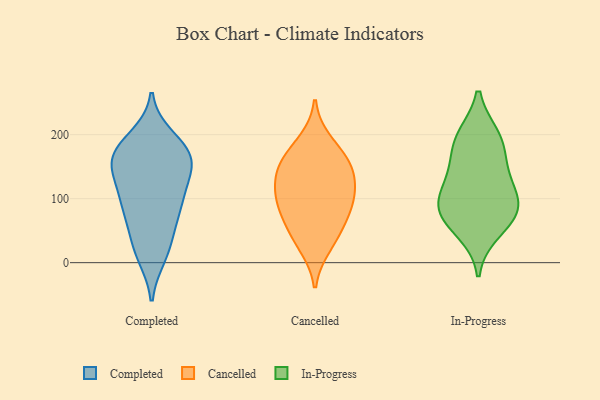
{"axis": {"x": "Backlog", "y": "Value"}, "legend": ["Cancelled", "Completed", "In-Progress"], "data": [{"x": "", "y": 168, "type": "Completed"}, {"x": "", "y": 16, "type": "Completed"}, {"x": "", "y": 11, "type": "Completed"}, {"x": "", "y": 71, "type": "Completed"}, {"x": "", "y": 164, "type": "Completed"}, {"x": "", "y": 100, "type": "Completed"}, {"x": "", "y": 99, "type": "Completed"}, {"x": "", "y": 114, "type": "Completed"}, {"x": "", "y": 141, "type": "Completed"}, {"x": "", "y": 152, "type": "Completed"}, {"x": "", "y": 155, "type": "Completed"}, {"x": "", "y": 63, "type": "Completed"}, {"x": "", "y": 179, "type": "Completed"}, {"x": "", "y": 155, "type": "Completed"}, {"x": "", "y": 195, "type": "Completed"}, {"x": "", "y": 183, "type": "Completed"}, {"x": "", "y": 31, "type": "Completed"}, {"x": "", "y": 91, "type": "Completed"}, {"x": "", "y": 105, "type": "Cancelled"}, {"x": "", "y": 141, "type": "Cancelled"}, {"x": "", "y": 158, "type": "Cancelled"}, {"x": "", "y": 97, "type": "Cancelled"}, {"x": "", "y": 26, "type": "Cancelled"}, {"x": "", "y": 43, "type": "Cancelled"}, {"x": "", "y": 82, "type": "Cancelled"}, {"x": "", "y": 189, "type": "Cancelled"}, {"x": "", "y": 140, "type": "Cancelled"}, {"x": "", "y": 64, "type": "Cancelled"}, {"x": "", "y": 161, "type": "Cancelled"}, {"x": "", "y": 109, "type": "Cancelled"}, {"x": "", "y": 135, "type": "In-Progress"}, {"x": "", "y": 91, "type": "In-Progress"}, {"x": "", "y": 76, "type": "In-Progress"}, {"x": "", "y": 124, "type": "In-Progress"}, {"x": "", "y": 49, "type": "In-Progress"}, {"x": "", "y": 197, "type": "In-Progress"}, {"x": "", "y": 78, "type": "In-Progress"}, {"x": "", "y": 89, "type": "In-Progress"}, {"x": "", "y": 196, "type": "In-Progress"}, {"x": "", "y": 169, "type": "In-Progress"}]}